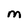
Character: M